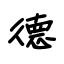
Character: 德